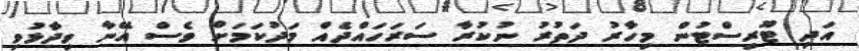
އަދި ޓޫރިސްޓުން މިހާރު ދަތުރު ނުކުރާ ސަރަހައްދެއް މަދުކަމަށް ވެސް އޭނާ ވިދާޅުވި